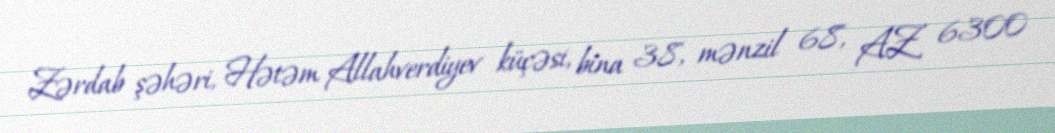
Zərdab şəhəri, Hətəm Allahverdiyev küçəsi, bina 38, mənzil 68, AZ 6300